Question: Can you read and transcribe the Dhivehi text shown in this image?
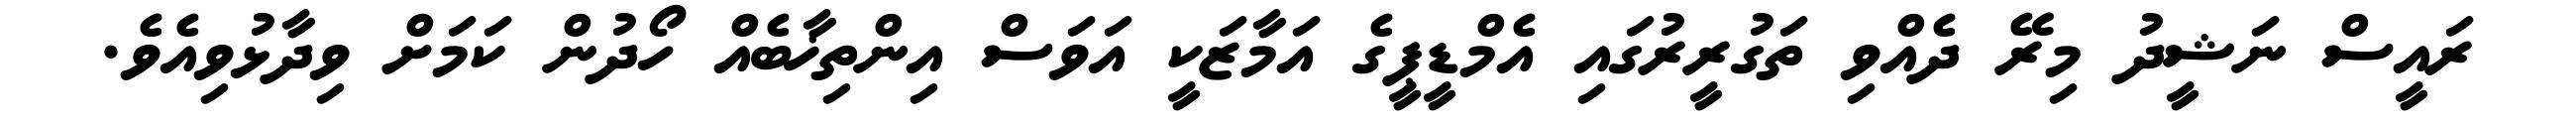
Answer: ރައީސް ނަޝީދު މިރޭ ދެއްވި ތަގުރީރުގައި އެމްޑީޕީގެ އަމާޒަކީ އަވަސް އިންތިޚާބެއް ހޯދުން ކަމަށް ވިދާޅުވިއެވެ.